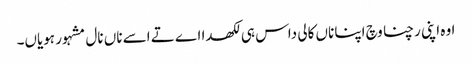
اوہ اپنی رچنا وچ اپنا ناں کالی داس ہی لکھدا اے تے اسے ناں نال مشہور ہویاں۔